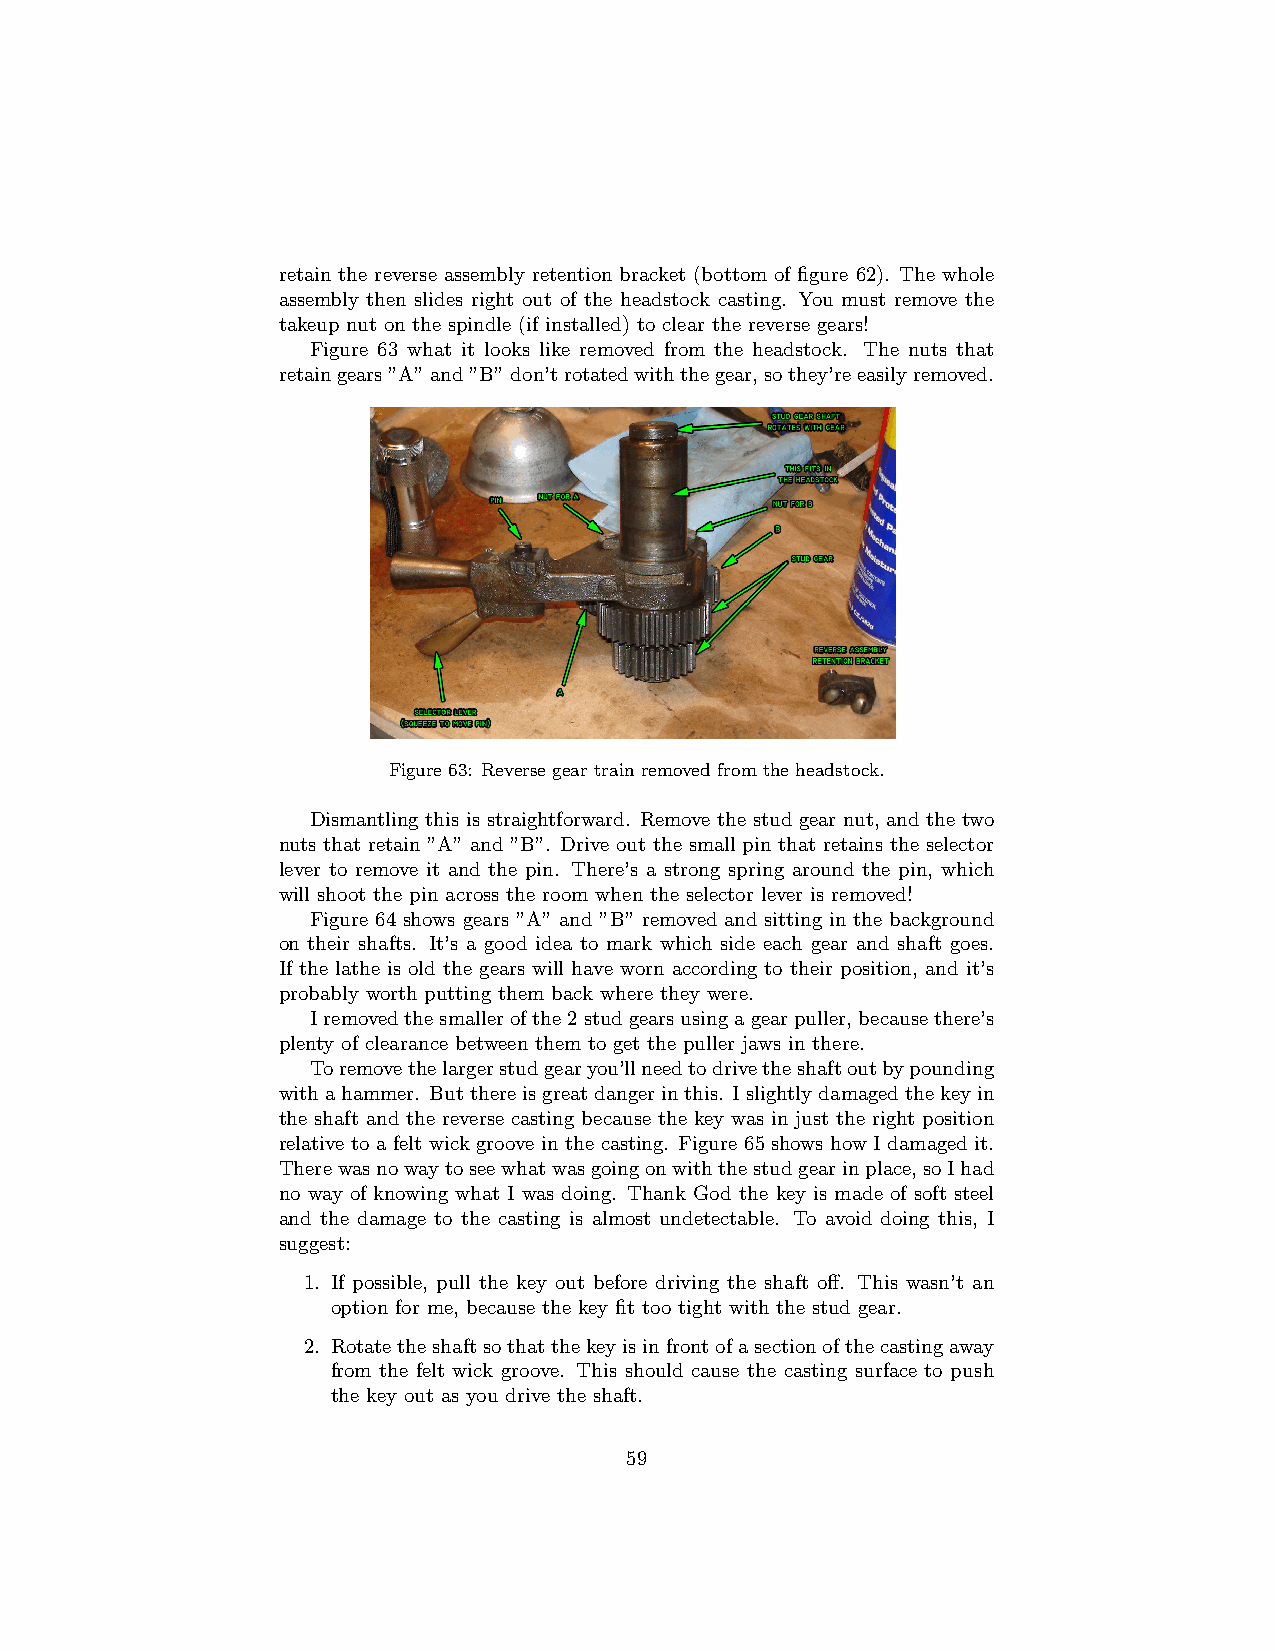
retain the reverse assembly retention bracket (bottom of figure 62). The whole
 assembly then slides right out of the headstock casting. You must remove the
 takeup nut on the spindle (if installed) to clear the reverse gears!
 Figure 63 what it looks like removed from the headstock. The nuts that
 retaingears”A”and”B”don’trotatedwiththegear,sothey’reeasilyremoved.
 Figure 63: Reverse gear train removed from the headstock.
 Dismantling this is straightforward. Remove the stud gear nut, and the two
 nuts that retain ”A” and ”B”. Drive out the small pin that retains the selector
 lever to remove it and the pin. There’s a strong spring around the pin, which
 will shoot the pin across the room when the selector lever is removed!
 Figure 64 shows gears ”A” and ”B” removed and sitting in the background
 on their shafts. It’s a good idea to mark which side each gear and shaft goes.
 If the lathe is old the gears will have worn according to their position, and it’s
 probably worth putting them back where they were.
 Iremovedthesmallerofthe2studgearsusingagearpuller,becausethere’s
 plenty of clearance between them to get the puller jaws in there.
 Toremovethelargerstudgearyou’llneedtodrivetheshaftoutbypounding
 withahammer. Butthereisgreatdangerinthis. Islightlydamagedthekeyin
 the shaft and the reverse casting because the key was in just the right position
 relative to a felt wick groove in the casting. Figure 65 shows how I damaged it.
 Therewasnowaytoseewhatwasgoingonwiththestudgearinplace,soIhad
 no way of knowing what I was doing. Thank God the key is made of soft steel
 and the damage to the casting is almost undetectable. To avoid doing this, I
 suggest:
 1. If possible, pull the key out before driving the shaft off. This wasn’t an
 option for me, because the key fit too tight with the stud gear.
 2. Rotatetheshaftsothatthekeyisinfrontofasectionofthecastingaway
 from the felt wick groove. This should cause the casting surface to push
 the key out as you drive the shaft.
 59